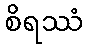
စိရဿံ